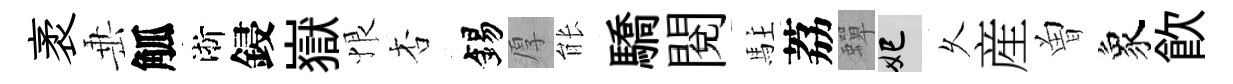
袤𡸁觚淅鋟嶽恨杏錫厚䏻驕閲駐荔蟬妃乆産曽象飮